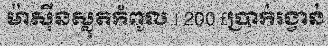
ម៉ាស៊ីនស្លុតកំពូល | 200 £ប្រាក់រង្វាន់